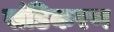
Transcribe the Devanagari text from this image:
खंडिकरण